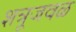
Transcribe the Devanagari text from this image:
शत्रूजवळ